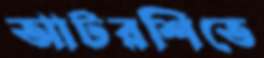
আটরশিতে